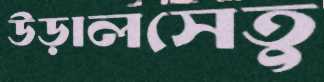
উড়ালসেতু